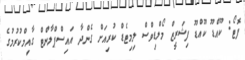
ފޮޓޯ: ކޫއްޑޫ ކޫއްޑޫ ފިޝަރީޒް މޯލްޑިވްސް ލިމިޓެޑް ކުރިއަށް ގެންދާ އައިސްޕްލާންޓް ގާއިމްކުރުމުގެ